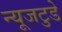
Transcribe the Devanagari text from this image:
न्यूजटुडे